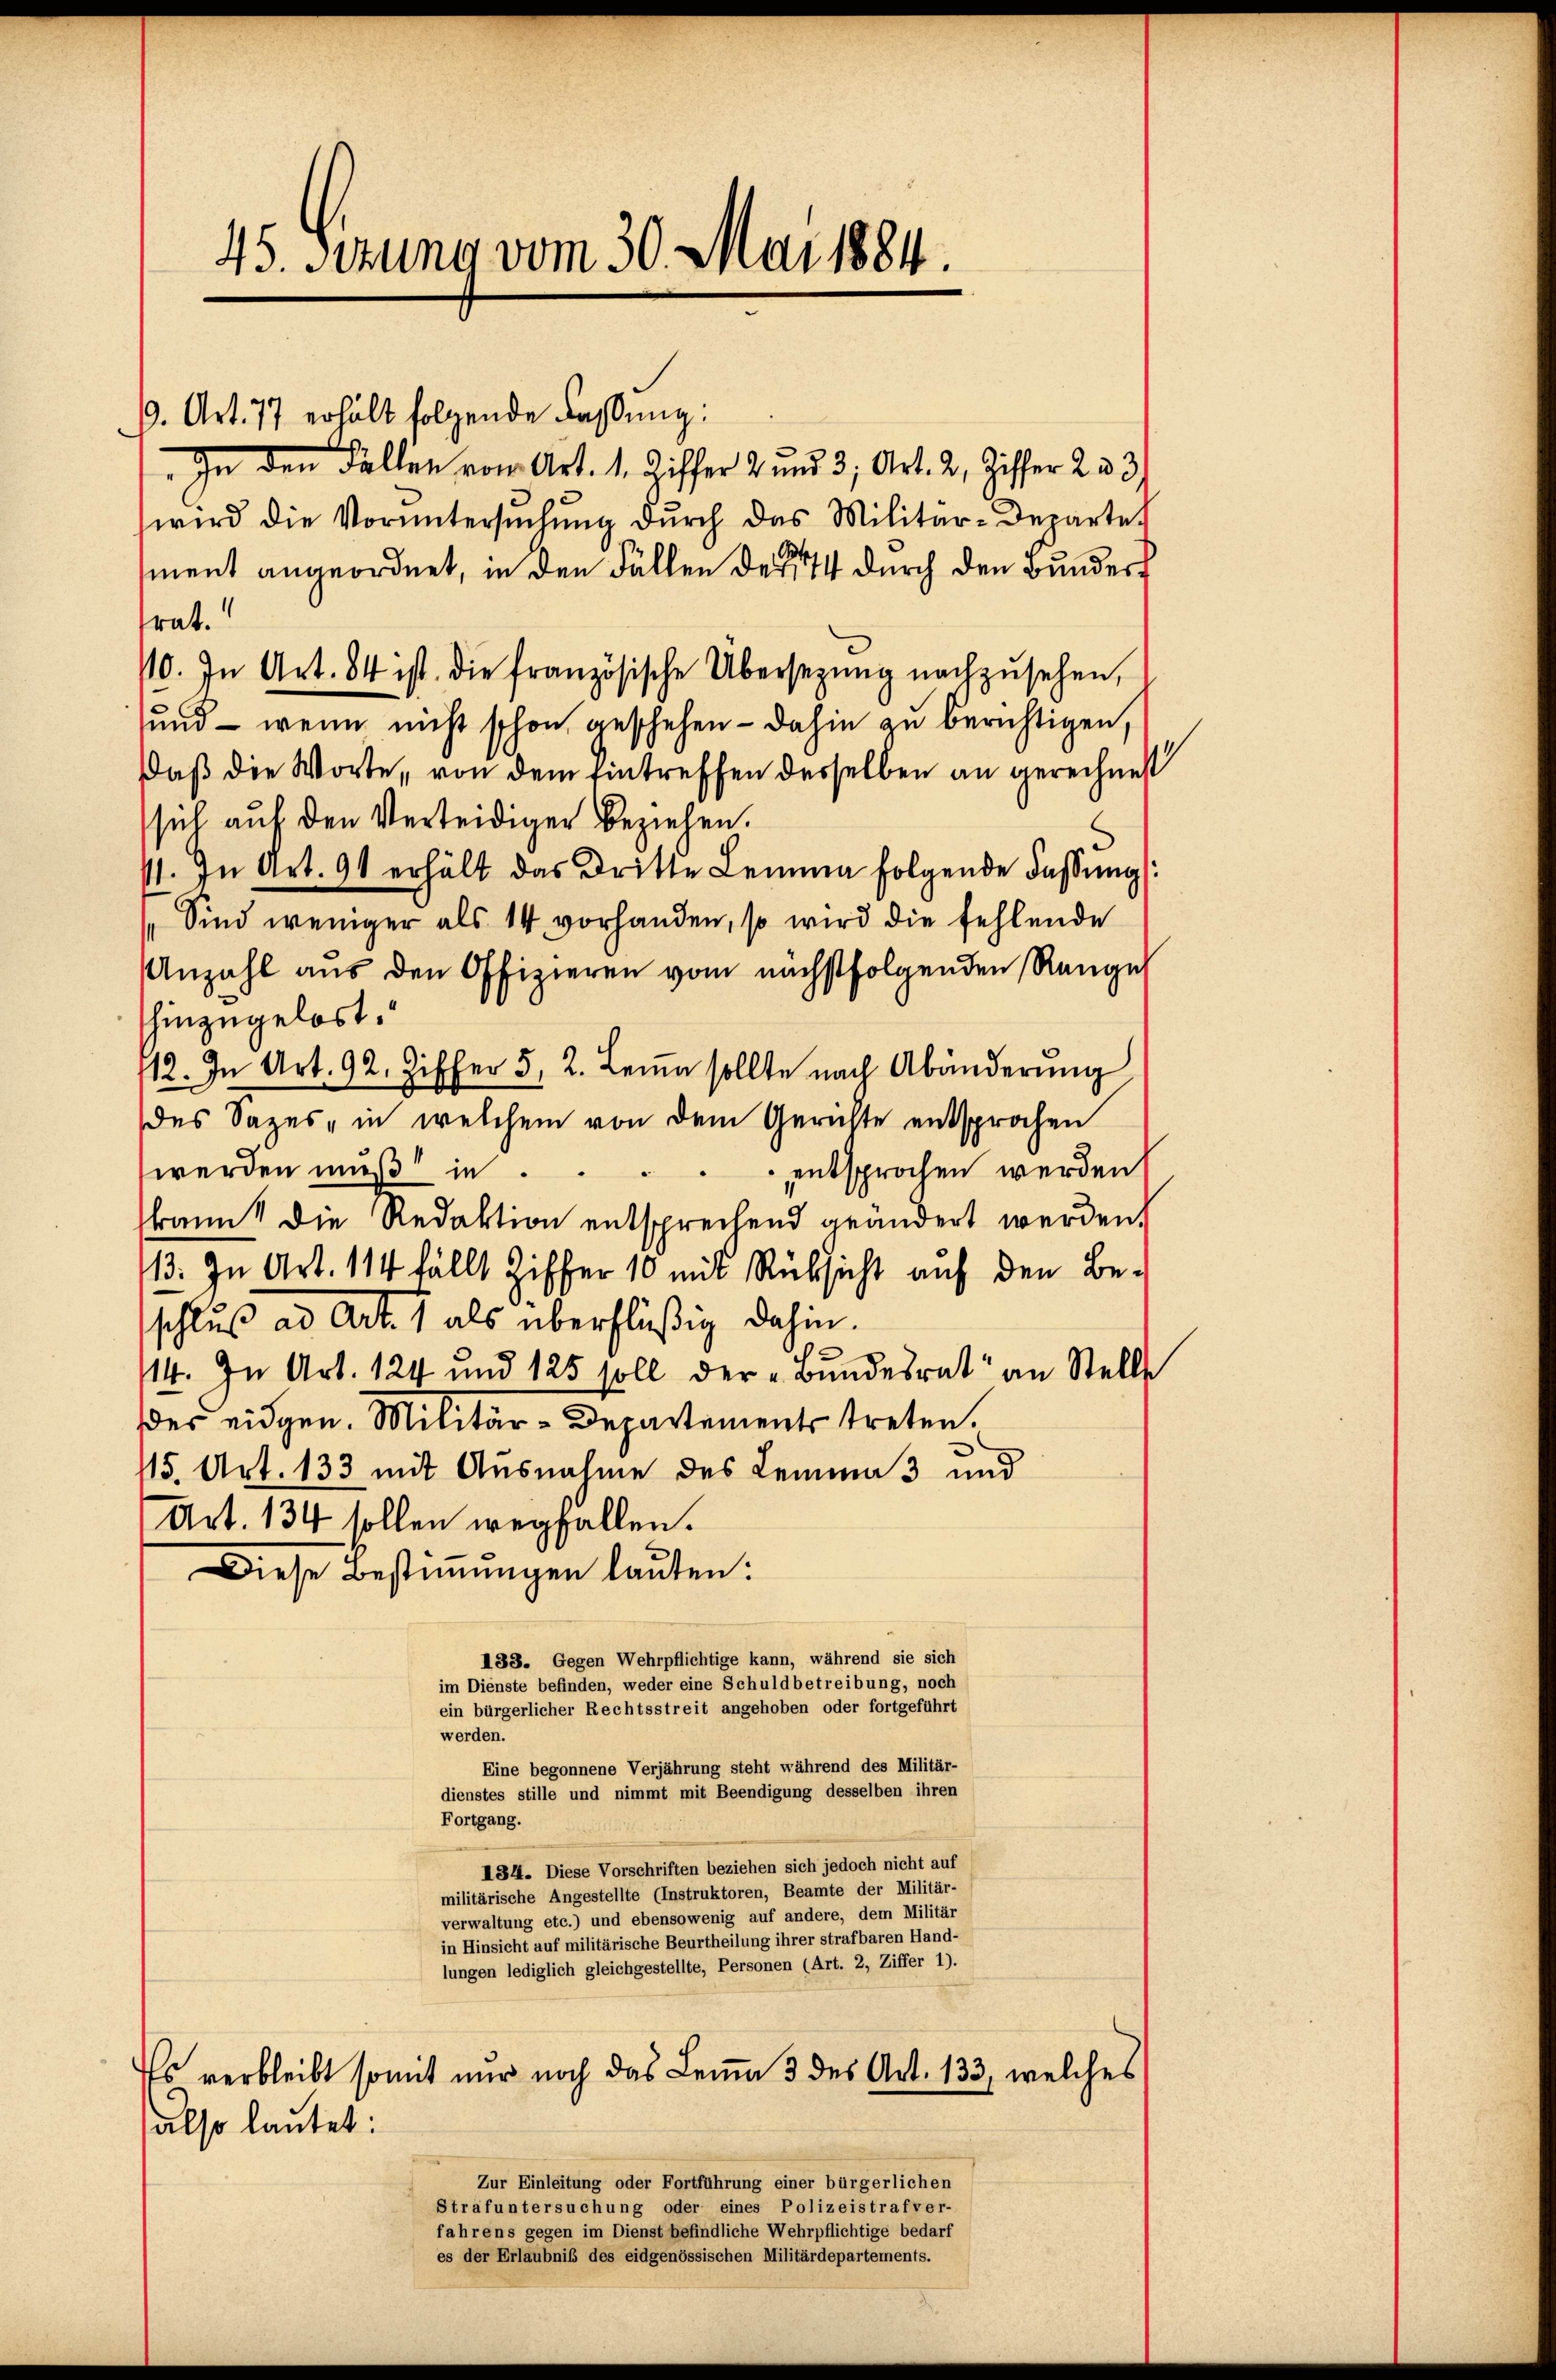
45. Sizung vom 30. Mai 1884.

9. Art. 77 erhält folgende Fassung:
" In den Fallen vom Art. 1. Ziffer 2 und 3, Art. 2, Ziffer 233)
wird die Vorŭntersŭchŭng dŭrch das Militär-Departe
ment angeordnet, in den Fällen der 14 durch den Bundert
trat.
70. In Art. 84 ist die französische Übersezung nachzŭsehen,
und - wenn nicht schon geschehen - dahin zu berichtigen,
Daß die Worte, von dem Eintreffen derselben an gerechnet
sich auf den Verteidiger beziehen.
11. In Art. 91 erhält das dritte Lemma folgende Fassŭng:
Sind weniger als 14 vorhanden, so wird die fehlende
Anzahl aus den Offizieren vom nächstfolgenden Rengeh
shinzugelöst.
12. In Art. 92. Ziffer 5, 2. Lemma sollte nach Abänderung
des Sazes, in welchem von dem Gerichte entsprochen
werden muß in
entsprochen werden.
kannt die Redaktion entsprechend geändert werden.
13. In Art. 114 fällt Ziffer 10 mit Rücksicht auf den Be-
schluß ad Art. 1 als überflüßig dahin.
0
114. In Art. 124 und 125 soll der „Bundesrat an Stelle
der eidgen. Militär-Departements treten.
115. Art. 133 mit Ausnahme des Lemma 3 und
Art. 134 sollen wegfallen.
Diese Bestimmungen lauten:
133. Gegen Wehrpflichtige kann, während sie sich
im Dienste befinden, weder eine Schuldbetreibung, noch
ein bürgerlicher Rechtsstreit angehoben oder fortgeführt
werden.
Eine begonnene Verjährung steht während des Militär-
dienstes stille und nimmt mit Beendigung desselben ihren
Fortgang.
184. Diese Vorschriften beziehen sich jedoch nicht auf
militärische Angestellte (Instruktoren, Beamte der Militär-
verwaltung etc.) und ebensowenig auf andere, dem Militär
in Hinsicht auf militärische Beurtheilung ihrer strafbaren Hand-
lungen lediglich gleichgestellte, Personen (Art. 2, Ziffer 1).
Es verbleibt somit nur noch das Lemma 3 des Art. 133, welches
also lautet:
Zur Einleitung oder Fortführung einer bürgerlichen
Strafuntersuchung oder eines Polizeistrafver-
fahrens gegen im Dienst befindliche Wehrpflichtige bedarf
es der Erlaubniß des eidgenössischen Militärdepartements.